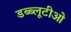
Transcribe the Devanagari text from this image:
डब्ब्लूटीओ